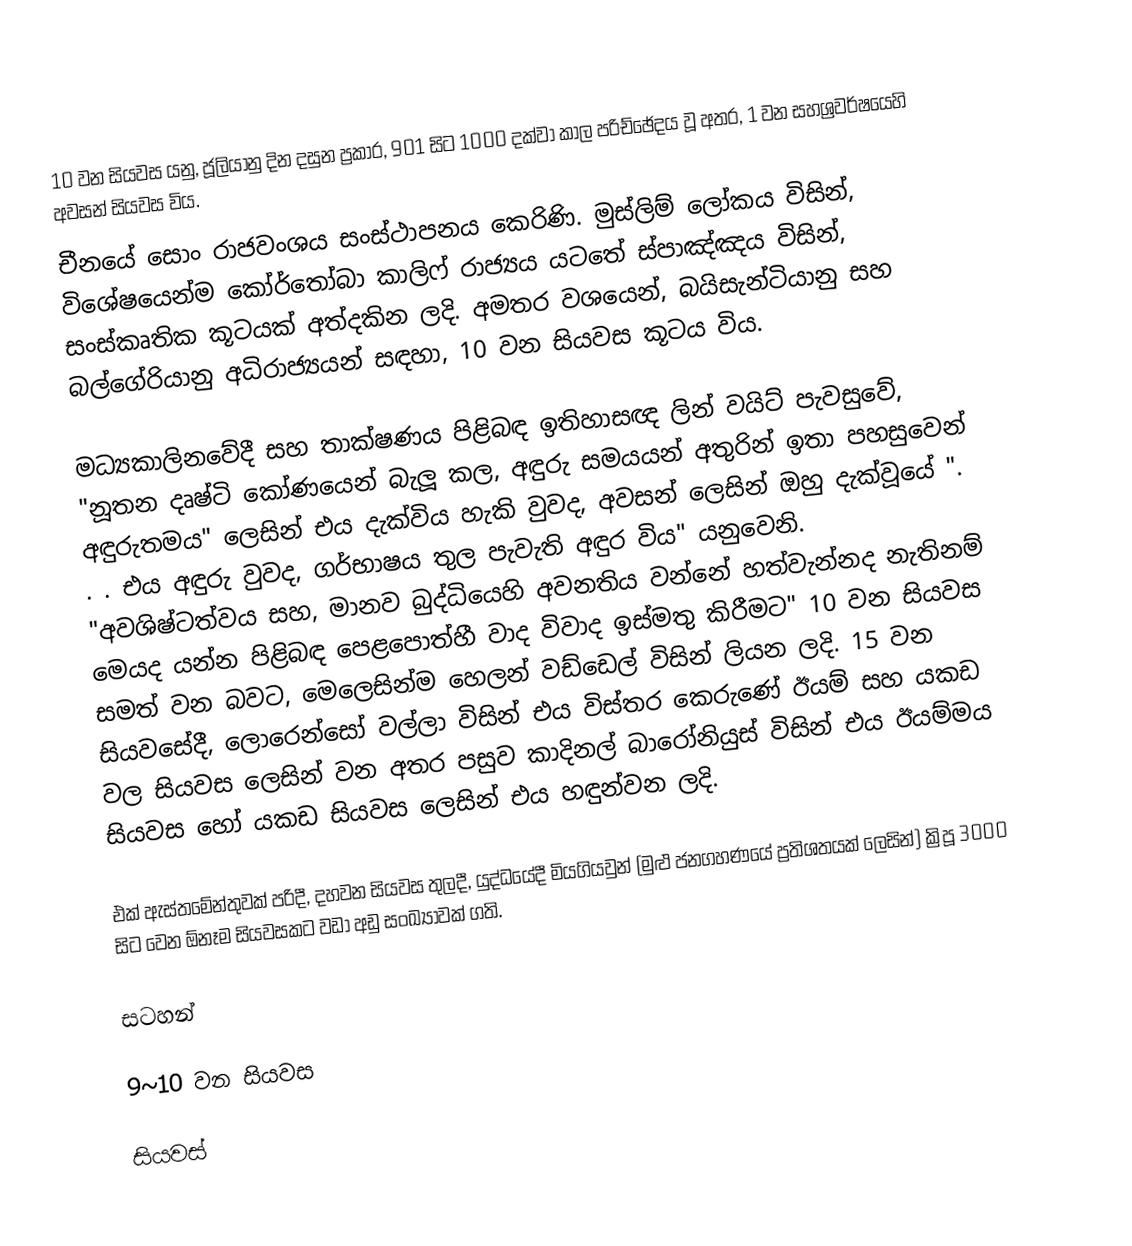
10 වන සියවස යනු, ජූලියානු දින දසුන ප්‍රකාර, 901 සිට 1000 දක්වා කාල පරිච්ඡේදය වූ අතර,  1 වන සහශ්‍රවර්ෂයෙහි අවසන් සියවස විය.
චීනයේ සොං රාජවංශය සංස්ථාපනය කෙරිණි. මුස්ලිම් ලෝකය විසින්, විශේෂයෙන්ම කෝර්තෝබා කාලිෆ් රාජ්‍යය යටතේ ස්පාඤ්ඤය විසින්, සංස්කෘතික කූටයක් අත්දකින ලදි. අමතර වශයෙන්, බයිසැන්ටියානු සහ බල්ගේරියානු අධිරාජ්‍යයන් සඳහා, 10 වන සියවස කූටය විය.

මධ්‍යකාලිනවේදී සහ තාක්ෂණය පිළිබඳ ඉතිහාසඥ ලින් වයිට් පැවසුවේ, "නූතන දෘෂ්ටි කෝණයෙන් බැලූ කල, අඳුරු සමයයන් අතුරින් ඉතා පහසුවෙන් අඳුරුතමය" ලෙසින් එය දැක්විය හැකි වුවද, අවසන් ලෙසින් ඔහු දැක්වූයේ  ". . . එය අඳුරු වුවද, ගර්භාෂය තුල පැවැති අඳුර විය" යනුවෙනි.  "අවශිෂ්ටත්වය සහ, මානව බුද්ධියෙහි අවනතිය වන්නේ හත්වැන්නද නැතිනම් මෙයද යන්න පිළිබඳ පෙළපොත්හී වාද විවාද ඉස්මතු කිරීමට" 10 වන සියවස සමත් වන බවට, මෙලෙසින්ම හෙලන් වඩ්ඩෙල් විසින් ලියන ලදි. 15 වන සියවසේදී, ලොරෙන්සෝ වල්ලා විසින් එය විස්තර කෙරුණේ ඊයම් සහ යකඩ වල සියවස ලෙසින් වන අතර පසුව  කාදිනල් බාරෝනියුස් විසින් එය ඊයම්මය සියවස හෝ යකඩ සියවස ලෙසින් එය හඳුන්වන ලදි.

එක් ඇස්තමේන්තුවක් පරිදී,  දහවන සියවස තුලදී, යුද්ධයේදී මියගියවුන් (මුළු ජනගහණයේ ප්‍රතිශතයක් ලෙසින්) ක්‍රිපූ 3000 සිට වෙන ඕනෑම සියවසකට වඩා අඩු සංඛ්‍යාවක් ගති.

සටහන්

9~10 වන සියවස

සියවස්